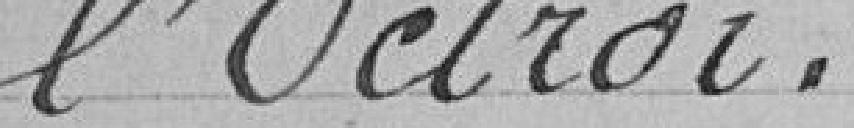
l'octroi.